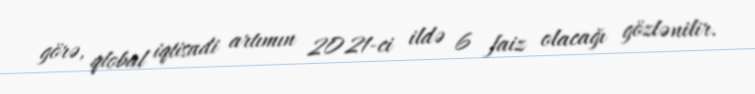
görə, qlobal iqtisadi artımın 2021-ci ildə 6 faiz olacağı gözlənilir.